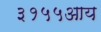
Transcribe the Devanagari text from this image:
३१५५आय